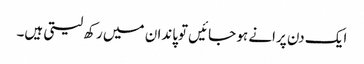
ایک دن پرانے ہو جائیں توپاندان میں رکھ لیتی ہیں۔